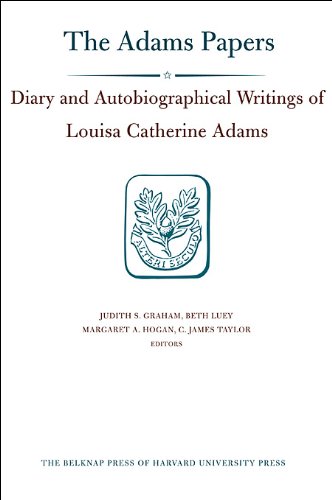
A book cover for Diaries: Diary and Autobiographical Writings of Louisa Catherine Adams, Volumes 1 and 2: 1778-1849 (Adams Papers); Louisa Catherine Adams; Literature & Fiction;